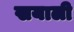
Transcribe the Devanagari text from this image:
खयाली